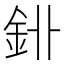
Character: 𨥑